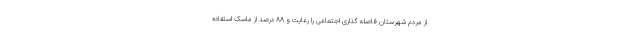
از مردم شهرستان فاصله گذاری اجتماعی را رعایت و ۸۸ درصد از ماسک استفاده